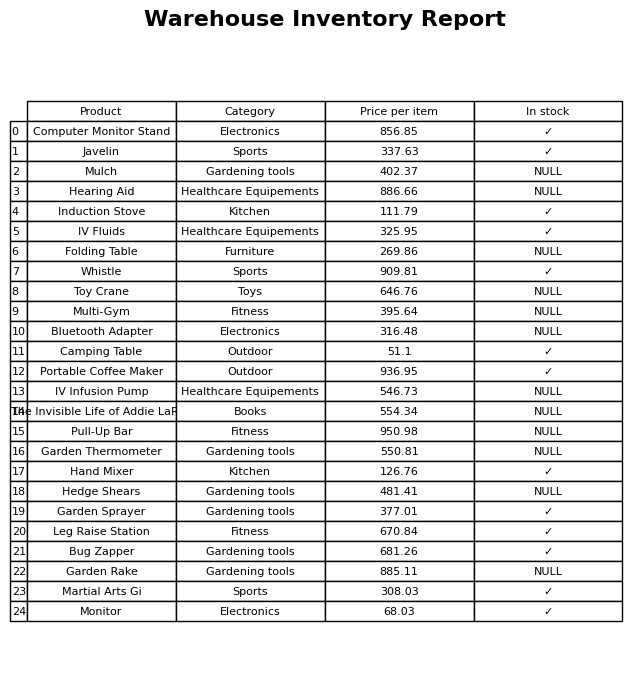
question: What is the price of the Hand Mixer?
answer: The price of Hand Mixer is 126.76.